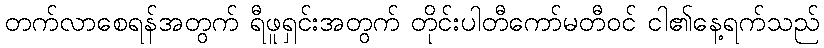
တက်လာစေရန်အတွက် ရီဖူရှင်းအတွက် တိုင်းပါတီကော်မတီဝင် ငါ၏နေ့ရက်သည်